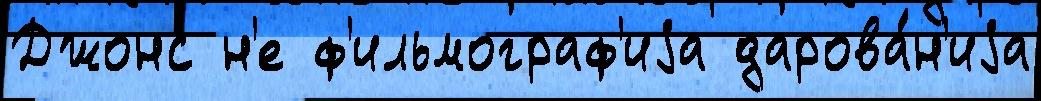
Джонс н'е ф'ильмограф'иjа дарова́н'иjа